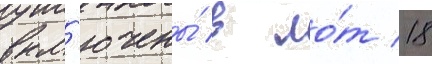
вкл'ючены́ в ло́т 18